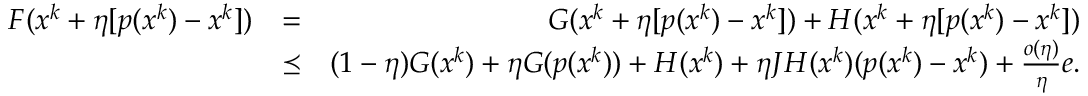
\begin{array} { r l r } { F ( x ^ { k } + \eta [ p ( x ^ { k } ) - x ^ { k } ] ) } & { = } & { G ( x ^ { k } + \eta [ p ( x ^ { k } ) - x ^ { k } ] ) + H ( x ^ { k } + \eta [ p ( x ^ { k } ) - x ^ { k } ] ) } \\ & { \preceq } & { ( 1 - \eta ) G ( x ^ { k } ) + \eta G ( p ( x ^ { k } ) ) + H ( x ^ { k } ) + \eta J H ( x ^ { k } ) ( p ( x ^ { k } ) - x ^ { k } ) + \frac { o ( \eta ) } { \eta } e . } \end{array}